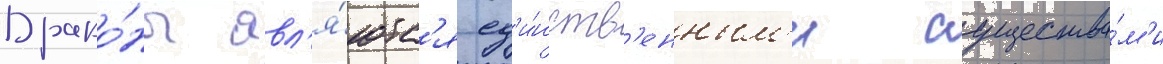
Драко́ны явл'я́ютс'я ед'и́нств'енным'и существа́м'и